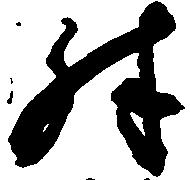
殊